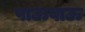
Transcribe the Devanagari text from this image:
पाऊवाऊ